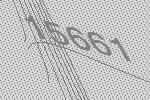
15661